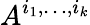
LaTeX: A^{i_{1},\dots,i_{k}}